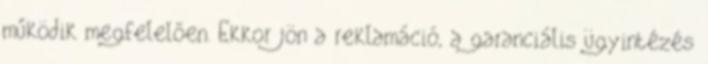
működik megfelelően. Ekkor jön a reklamáció, a garanciális ügyintézés